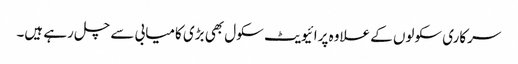
سرکاری سکولوں کے علاوہ پرائیویٹ سکول بھی بڑی کامیابی سے چل رہے ہیں۔